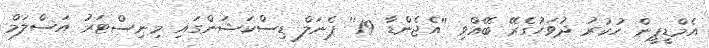
އެމްޑީޕީން ހުކުރު ދުވަހުގެރޭ ބޭއްވި ''އެޖެންޑާ 19'' ޕެނަލް ޑިސްކަޝަންގައި މިނިސްޓަރު އަސްލަމް